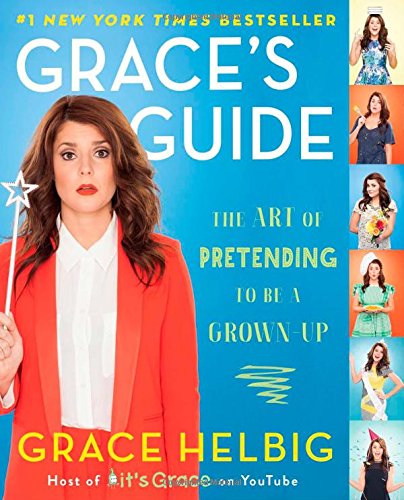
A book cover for Grace's Guide: The Art of Pretending to Be a Grown-Up; Grace Helbig; Humor & Entertainment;